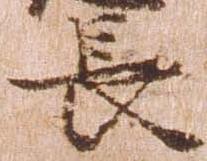
長